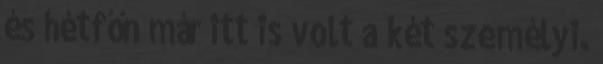
és hétfőn már itt is volt a két személyi.